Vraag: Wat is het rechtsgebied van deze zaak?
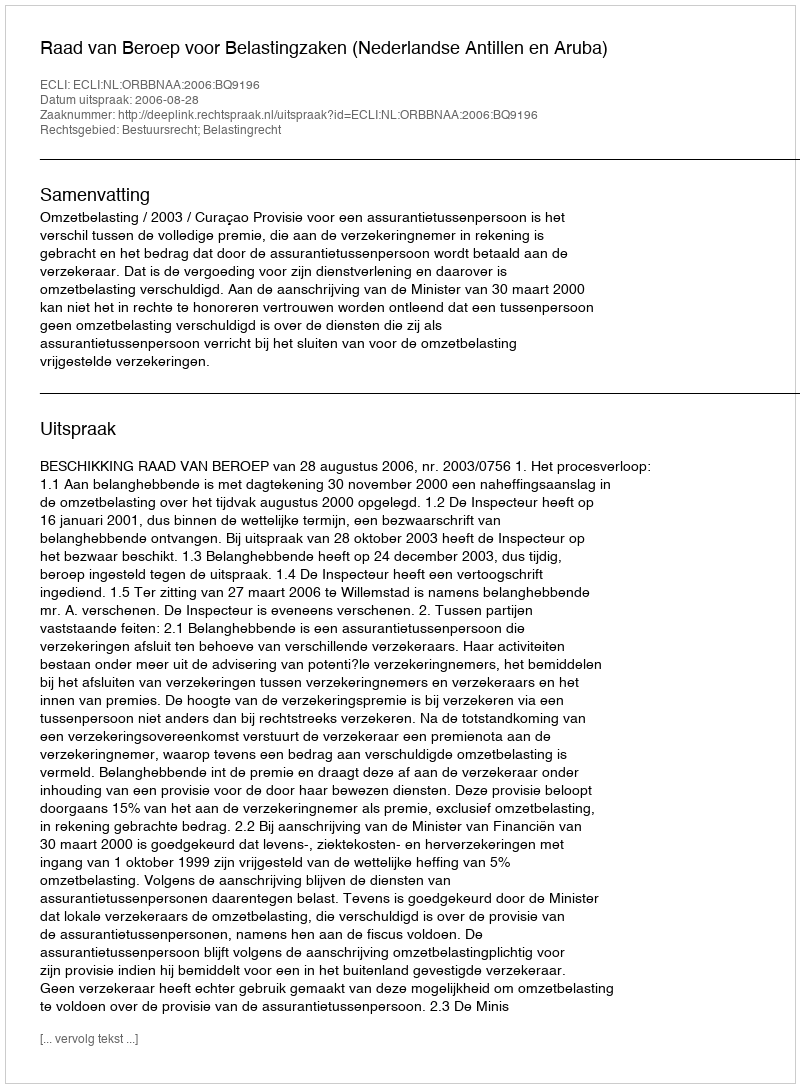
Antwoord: Bestuursrecht; Belastingrecht